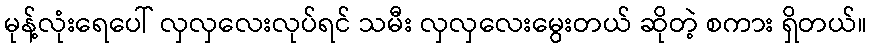
မုန့်လုံးရေပေါ် လှလှလေးလုပ်ရင် သမီး လှလှလေးမွေးတယ် ဆိုတဲ့ စကား ရှိတယ်။